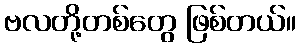
ဗလတို့တစ်တွေ ဖြစ်တယ်။